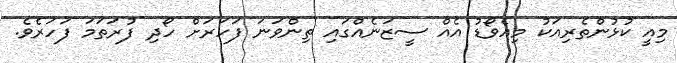
މިއީ ކުޅުންތެރިއަކު މިއެވޯޑު އެއް ސީޒަނެއްގައި ތިންވަނަ ފަހަރަށް ހޯދި ފުރަތަމަ ފަހަރެވެ.